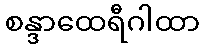
စန္ဒာထေရီဂါထာ